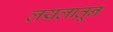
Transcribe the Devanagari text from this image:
लयलातून